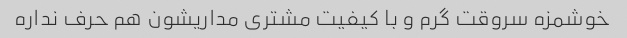
خوشمزه سروقت گرم و با کیفیت مشتری مداریشون هم حرف نداره